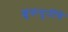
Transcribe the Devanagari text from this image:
शुकमुनींचे